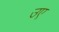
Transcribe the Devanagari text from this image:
उए